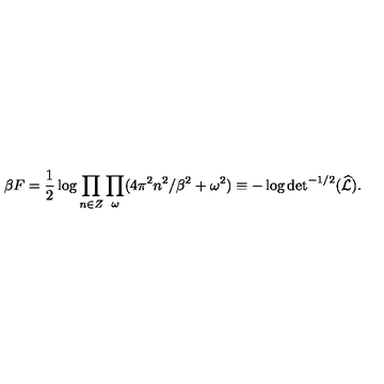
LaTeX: \beta F = { \frac { 1 } { 2 } } \log \prod _ { n \in Z } \prod _ { \omega } ( 4 \pi ^ { 2 } n ^ { 2 } / \beta ^ { 2 } + \omega ^ { 2 } ) \equiv - \log \mathrm { d e t } ^ { - 1 / 2 } ( \widehat { \cal L } ) .